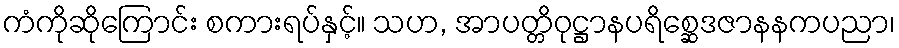
ကံကိုဆိုကြောင်း စကားရပ်နှင့်။ သဟ, အာပတ္တိဝုဋ္ဌာနပရိစ္ဆေဒဇာနနကပညာ၊